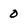
Character: 0